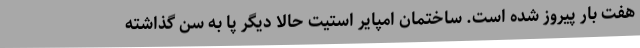
هفت بار پیروز شده است. ساختمان امپایر استیت حالا دیگر پا به سن گذاشته